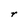
Character: r